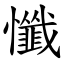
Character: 懺